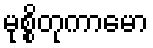
မုစ္စိတုကာမော